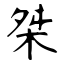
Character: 桀